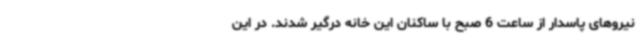
نیروهای پاسدار از ساعت 6 صبح با ساکنان این خانه درگیر شدند. در این